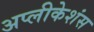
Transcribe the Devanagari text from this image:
अप्लीकेशंस